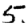
Digit: 5